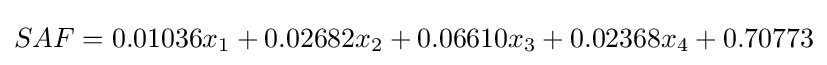
SAF=0.01036x_{1}+0.02682x_{2}+0.06610x_{3}+0.02368x_{4}+0.70773